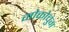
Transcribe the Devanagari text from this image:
मोकोचुंग